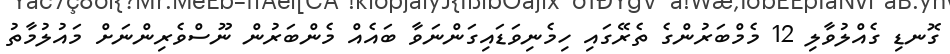
ގޮނޑި ގެއްލުވާލި 12 މެމްބަރުންގެ ތެރޭގައި ހިމެނިވަޑައިގަންނަވާ ބައެއް މެންބަރުން ނޫސްވެރިންނަށް މައުލުމާތު